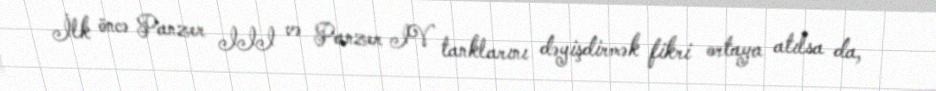
İlk öncə Panzer III və Panzer IV tanklarını dəyişdirmək fikri ortaya atılsa da,